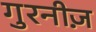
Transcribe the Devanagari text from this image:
गुरनीज़